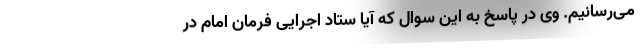
می‌رسانیم. وی در پاسخ به این سوال که آیا ستاد اجرایی فرمان امام در